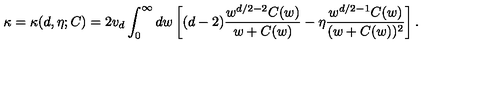
\kappa = \kappa ( d , \eta ; C ) = 2 v _ { d } \int _ { 0 } ^ { \infty } d w \left[ ( d - 2 ) \frac { w ^ { d / 2 - 2 } C ( w ) } { w + C ( w ) } - \eta \frac { w ^ { d / 2 - 1 } C ( w ) } { ( w + C ( w ) ) ^ { 2 } } \right] .